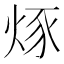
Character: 烼